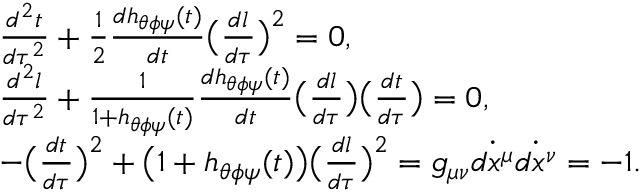
\begin{array} { l } { \frac { d ^ { 2 } t } { d \tau ^ { 2 } } + \frac { 1 } { 2 } \frac { d h _ { \theta \phi \psi } ( t ) } { d t } \bigl ( \frac { d l } { d \tau } \bigr ) ^ { 2 } = 0 , \ } \\ { \frac { d ^ { 2 } l } { d \tau ^ { 2 } } + \frac { 1 } { 1 + h _ { \theta \phi \psi } ( t ) } \frac { d h _ { \theta \phi \psi } ( t ) } { d t } \bigl ( \frac { d l } { d \tau } \bigr ) \bigl ( \frac { d t } { d \tau } \bigr ) = 0 , \ } \\ { - \bigl ( \frac { d t } { d \tau } \bigr ) ^ { 2 } + \bigl ( 1 + h _ { \theta \phi \psi } ( t ) \bigr ) \bigl ( \frac { d l } { d \tau } \bigr ) ^ { 2 } = g _ { \mu \nu } \dot { d x ^ { \mu } } \dot { d x ^ { \nu } } = - 1 . \ } \end{array}